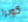
كوبرا